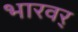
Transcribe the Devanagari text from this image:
भारवर्